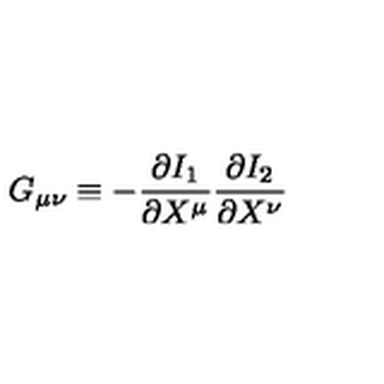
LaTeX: G _ { \mu \nu } \equiv - \frac { \partial I _ { 1 } } { \partial X ^ { \mu } } \frac { \partial I _ { 2 } } { \partial X ^ { \nu } }